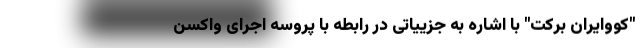
"کُووایران برکت" با اشاره به جزییاتی در رابطه با پروسه اجرای واکسن